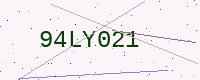
Text: 94LY021